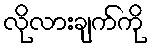
လိုလားချက်ကို